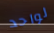
لواحد